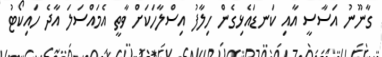
ގާނޫނު އަސާސީ އާއި ކަނޑައެޅިގެން ހިލާފު އިސްލާހަކަށް ވާތީ އެމައްސަލަ އާދެ ހައިކޯޓު